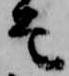
允